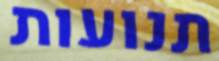
תנועות